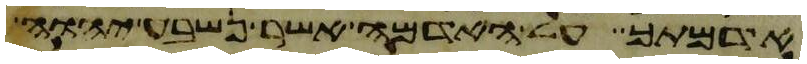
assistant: אדמתך על האדמה אשר נשבע יהוה